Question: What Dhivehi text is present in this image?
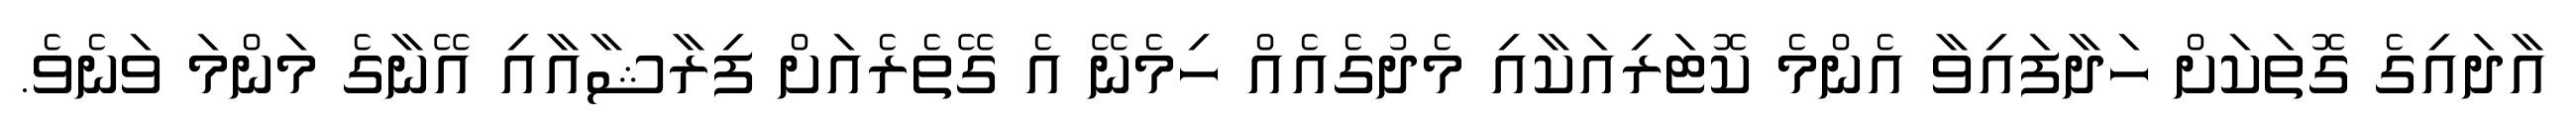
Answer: އާދައިގެ ގޮތަކަށް ހަދާފައިވާ އެންމެ ކޮޓަރިއަކާއި މެދުގެއެއް ހިމެނޭ އެ ގޭތެރެއަށް ފިރާޝާއާއި އޭނާގެ މަންމަ ވަނެވެ.